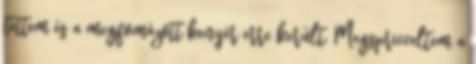
tettem és a megfomázott kenyér erre került. Megspricceltem a